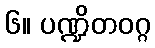
၆။ ပဏ္ဍိတဝဂ္ဂ